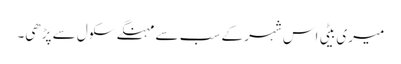
میری بیٹی اس شہر کے سب سے مہنگے سکول سے پڑھی۔